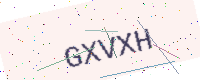
Text: GXVXH